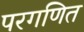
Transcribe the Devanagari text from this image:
परगणित